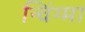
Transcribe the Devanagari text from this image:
न्विंग्मा